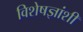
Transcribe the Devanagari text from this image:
विशेषज्ञांशी